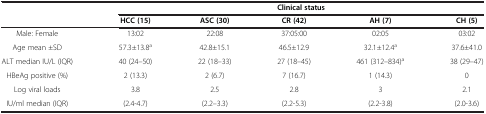
<table><thead><tr><td><b> </b></td><td colspan="5"><b>Clinical status</b></td></tr><tr><td><b> </b></td><td><b>HCC (15)</b></td><td><b>ASC (30)</b></td><td><b>CR (42)</b></td><td><b>AH (7)</b></td><td><b>CH (5)</b></td></tr></thead><tbody><tr><td>Male: Female</td><td>13:02</td><td>22:08</td><td>37:05:00</td><td>02:05</td><td>03:02</td></tr><tr><td>Age mean ±SD</td><td>57.3±13.8<sup>a</sup></td><td>42.8±15.1</td><td>46.5±12.9</td><td>32.1±12.4<sup>a</sup></td><td>37.6±41.0</td></tr><tr><td>ALT median IU/L (IQR)</td><td>40 (24–50)</td><td>22 (18–33)</td><td>27 (18–45)</td><td>461 (312–834)<sup>a</sup></td><td>38 (29–47)</td></tr><tr><td>HBeAg positive (%)</td><td>2 (13.3)</td><td>2 (6.7)</td><td>7 (16.7)</td><td>1 (14.3)</td><td>0</td></tr><tr><td>Log viral loads</td><td>3.8</td><td>2.5</td><td>2.8</td><td>3</td><td>2.1</td></tr><tr><td>IU/ml median (IQR)</td><td>(2.4-4.7)</td><td>(2.2–3.3)</td><td>(2.2-5.3)</td><td>(2.2-3.8)</td><td>(2.0-3.6)</td></tr></tbody></table>